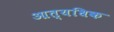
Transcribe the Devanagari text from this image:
आत्यधिक